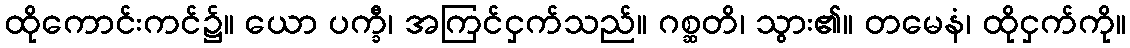
ထိုကောင်းကင်၌။ ယော ပက္ခီ၊ အကြင်ငှက်သည်။ ဂစ္ဆတိ၊ သွား၏။ တမေနံ၊ ထိုငှက်ကို။